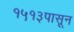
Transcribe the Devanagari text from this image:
१५१३पासून